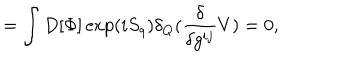
LaTeX: = \int D [ \Phi ] \exp ( i S _ { q } ) \delta _ { Q } ( \frac { \delta } { \delta g ^ { i j } } V ) = 0 ,